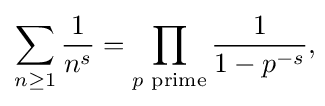
{\begin{aligned}\sum _{n\geq 1}{\frac {1}{n^{s}}}&=\prod _{p{\text{ prime}}}{\frac {1}{1-p^{-s}}},\\\end{aligned}}\!